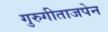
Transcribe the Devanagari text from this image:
गुरुगीताजपेन